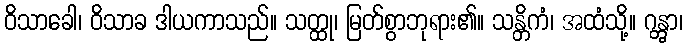
ဝိသာခေါ၊ ဝိသာခ ဒါယကာသည်။ သတ္ထု၊ မြတ်စွာဘုရား၏။ သန္တိကံ၊ အထံသို့။ ဂန္တွာ၊